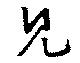
見